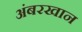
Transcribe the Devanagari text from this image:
अंबरखान